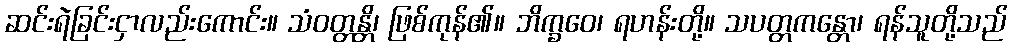
ဆင်းရဲခြင်းငှာလည်းကောင်း။ သံဝတ္တန္တိ၊ ဖြစ်ကုန်၏။ ဘိက္ခဝေ၊ ရဟန်းတို့။ သပတ္တကန္တော၊ ရန်သူတို့သည်